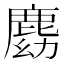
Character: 𪊛